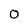
Character: 0